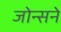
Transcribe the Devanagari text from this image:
जोन्सने